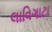
લાવિગાટા